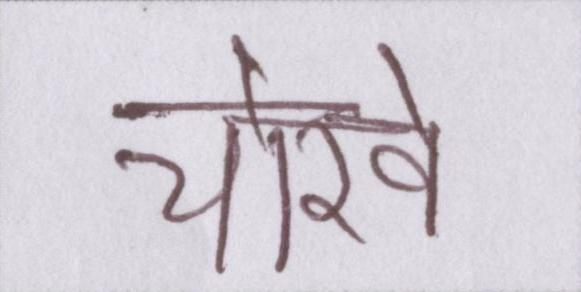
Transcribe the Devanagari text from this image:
चोखे